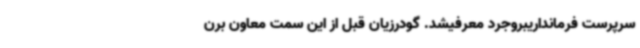
سرپرست فرمانداریبروجرد معرفیشد. گودرزیان قبل از این سمت معاون برن